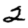
Digit: 2